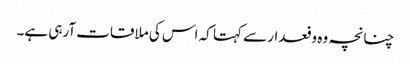
چنانچہ وہ وفعدار سے کہتا کہ اس کی ملاقات آرہی ہے۔